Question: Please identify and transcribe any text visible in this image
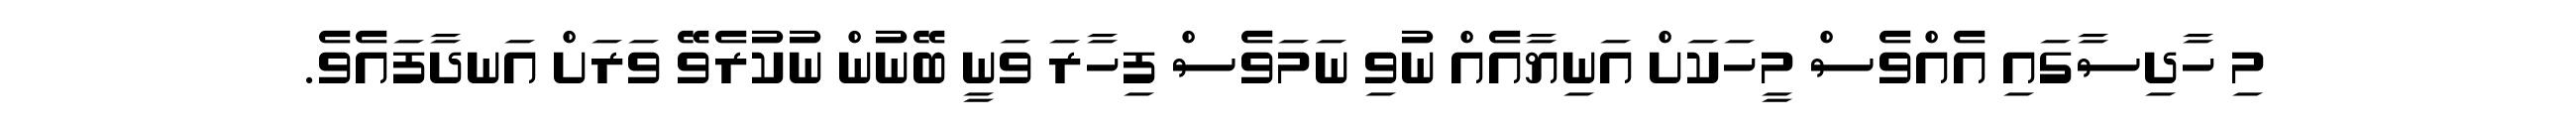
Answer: މި ހާދިސާގައި އެއްވެސް މީހަކަށް އަނިޔާއެއް ނުވި ނަމަވެސް ފިހާރަ ވަނީ ބޭނުން ނުކުރެވޭ ވަރަށް އަނދާފައެވެ.